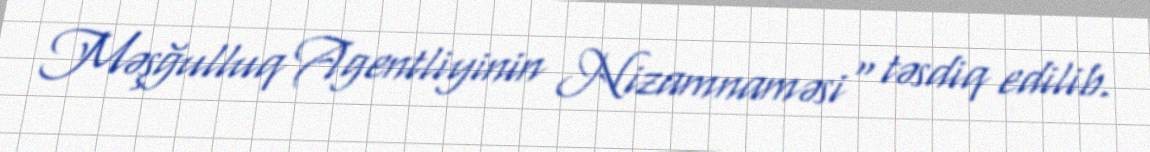
Məşğulluq Agentliyinin Nizamnaməsi" təsdiq edilib.